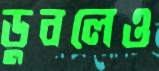
ডুবলেও